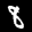
Label: 8